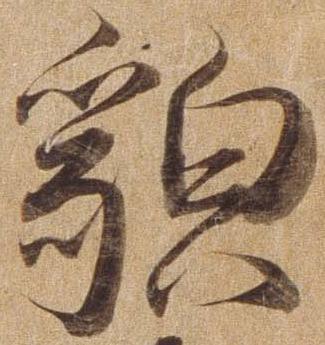
貌